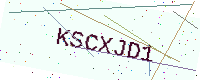
Text: KSCXJD1